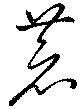
恭